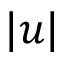
| u |